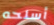
أسلحه